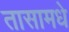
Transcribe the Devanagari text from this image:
तासामधे